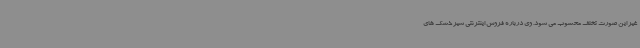
غیر این صورت تخلف محسوب می شود. وی درباره فروش اینترنتی شیر خشک های